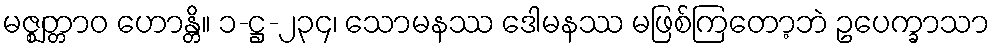
မဇ္ဈတ္တာဝ ဟောန္တိ။ ၁-ဋ္ဌ-၂၃၄၊ သောမနဿ ဒေါမနဿ မဖြစ်ကြတော့ဘဲ ဥပေက္ခာသာ